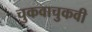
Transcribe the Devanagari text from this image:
चुकवाचुकवी